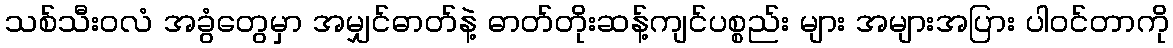
သစ်သီးဝလံ အခွံတွေမှာ အမျှင်ဓာတ်နဲ့ ဓာတ်တိုးဆန့်ကျင်ပစ္စည်း များ အများအပြား ပါဝင်တာကို